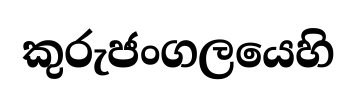
කුරුජංගලයෙහි